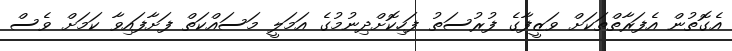
އެގޮތުން އެފަރާތްތަކަށް ވަޒީފާގެ ފުރުސަތު ފަހިކޮށްދިނުމުގެ އަމަލީ މަސައްކަތް ފަށާފައިވާ ކަމަށް ވެސް